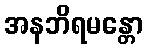
အနဘိရမန္တော